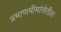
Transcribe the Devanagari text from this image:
प्रमाणमीमांसेतील